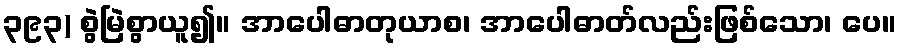
၃၉၃) စွဲမြဲစွာယူ၍။ အာပေါဓာတုယာစ၊ အာပေါဓာတ်လည်းဖြစ်သော၊ ပေ။